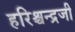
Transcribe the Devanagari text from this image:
हरिश्चन्द्रजी